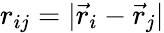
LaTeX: r_{ij}=|\vec{r}_{i}-\vec{r}_{j}|